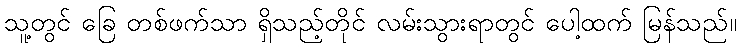
သူ့တွင် ခြေ တစ်ဖက်သာ ရှိသည့်တိုင် လမ်းသွားရာတွင် ပေါ့ထက် မြန်သည်။